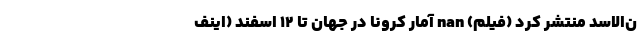
ن‌الاسد منتشر کرد (فیلم) nan آمار کرونا در جهان تا ۱۲ اسفند (اینف